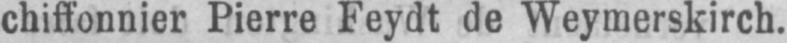
chiffonnier Pierre Feydt de Weymerskirch.